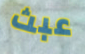
عبث